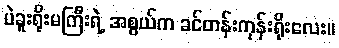
ပဲခူးရိုးမကြီးရဲ့ အစွယ်က ခင်တန်းကုန်းရိုးလေး။